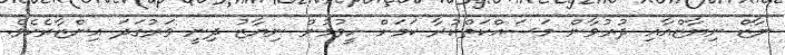
ނާޒް ނިޔާޒްއާއި ދުރުވާން މަސައްކަތްކުރާ ކަމަށް ހީވުމުން ނިޔާޒު ދިނީ ވަރުގަދަ އިންޒާރެކެވެ.